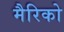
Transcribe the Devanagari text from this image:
मैरिको